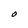
Character: O